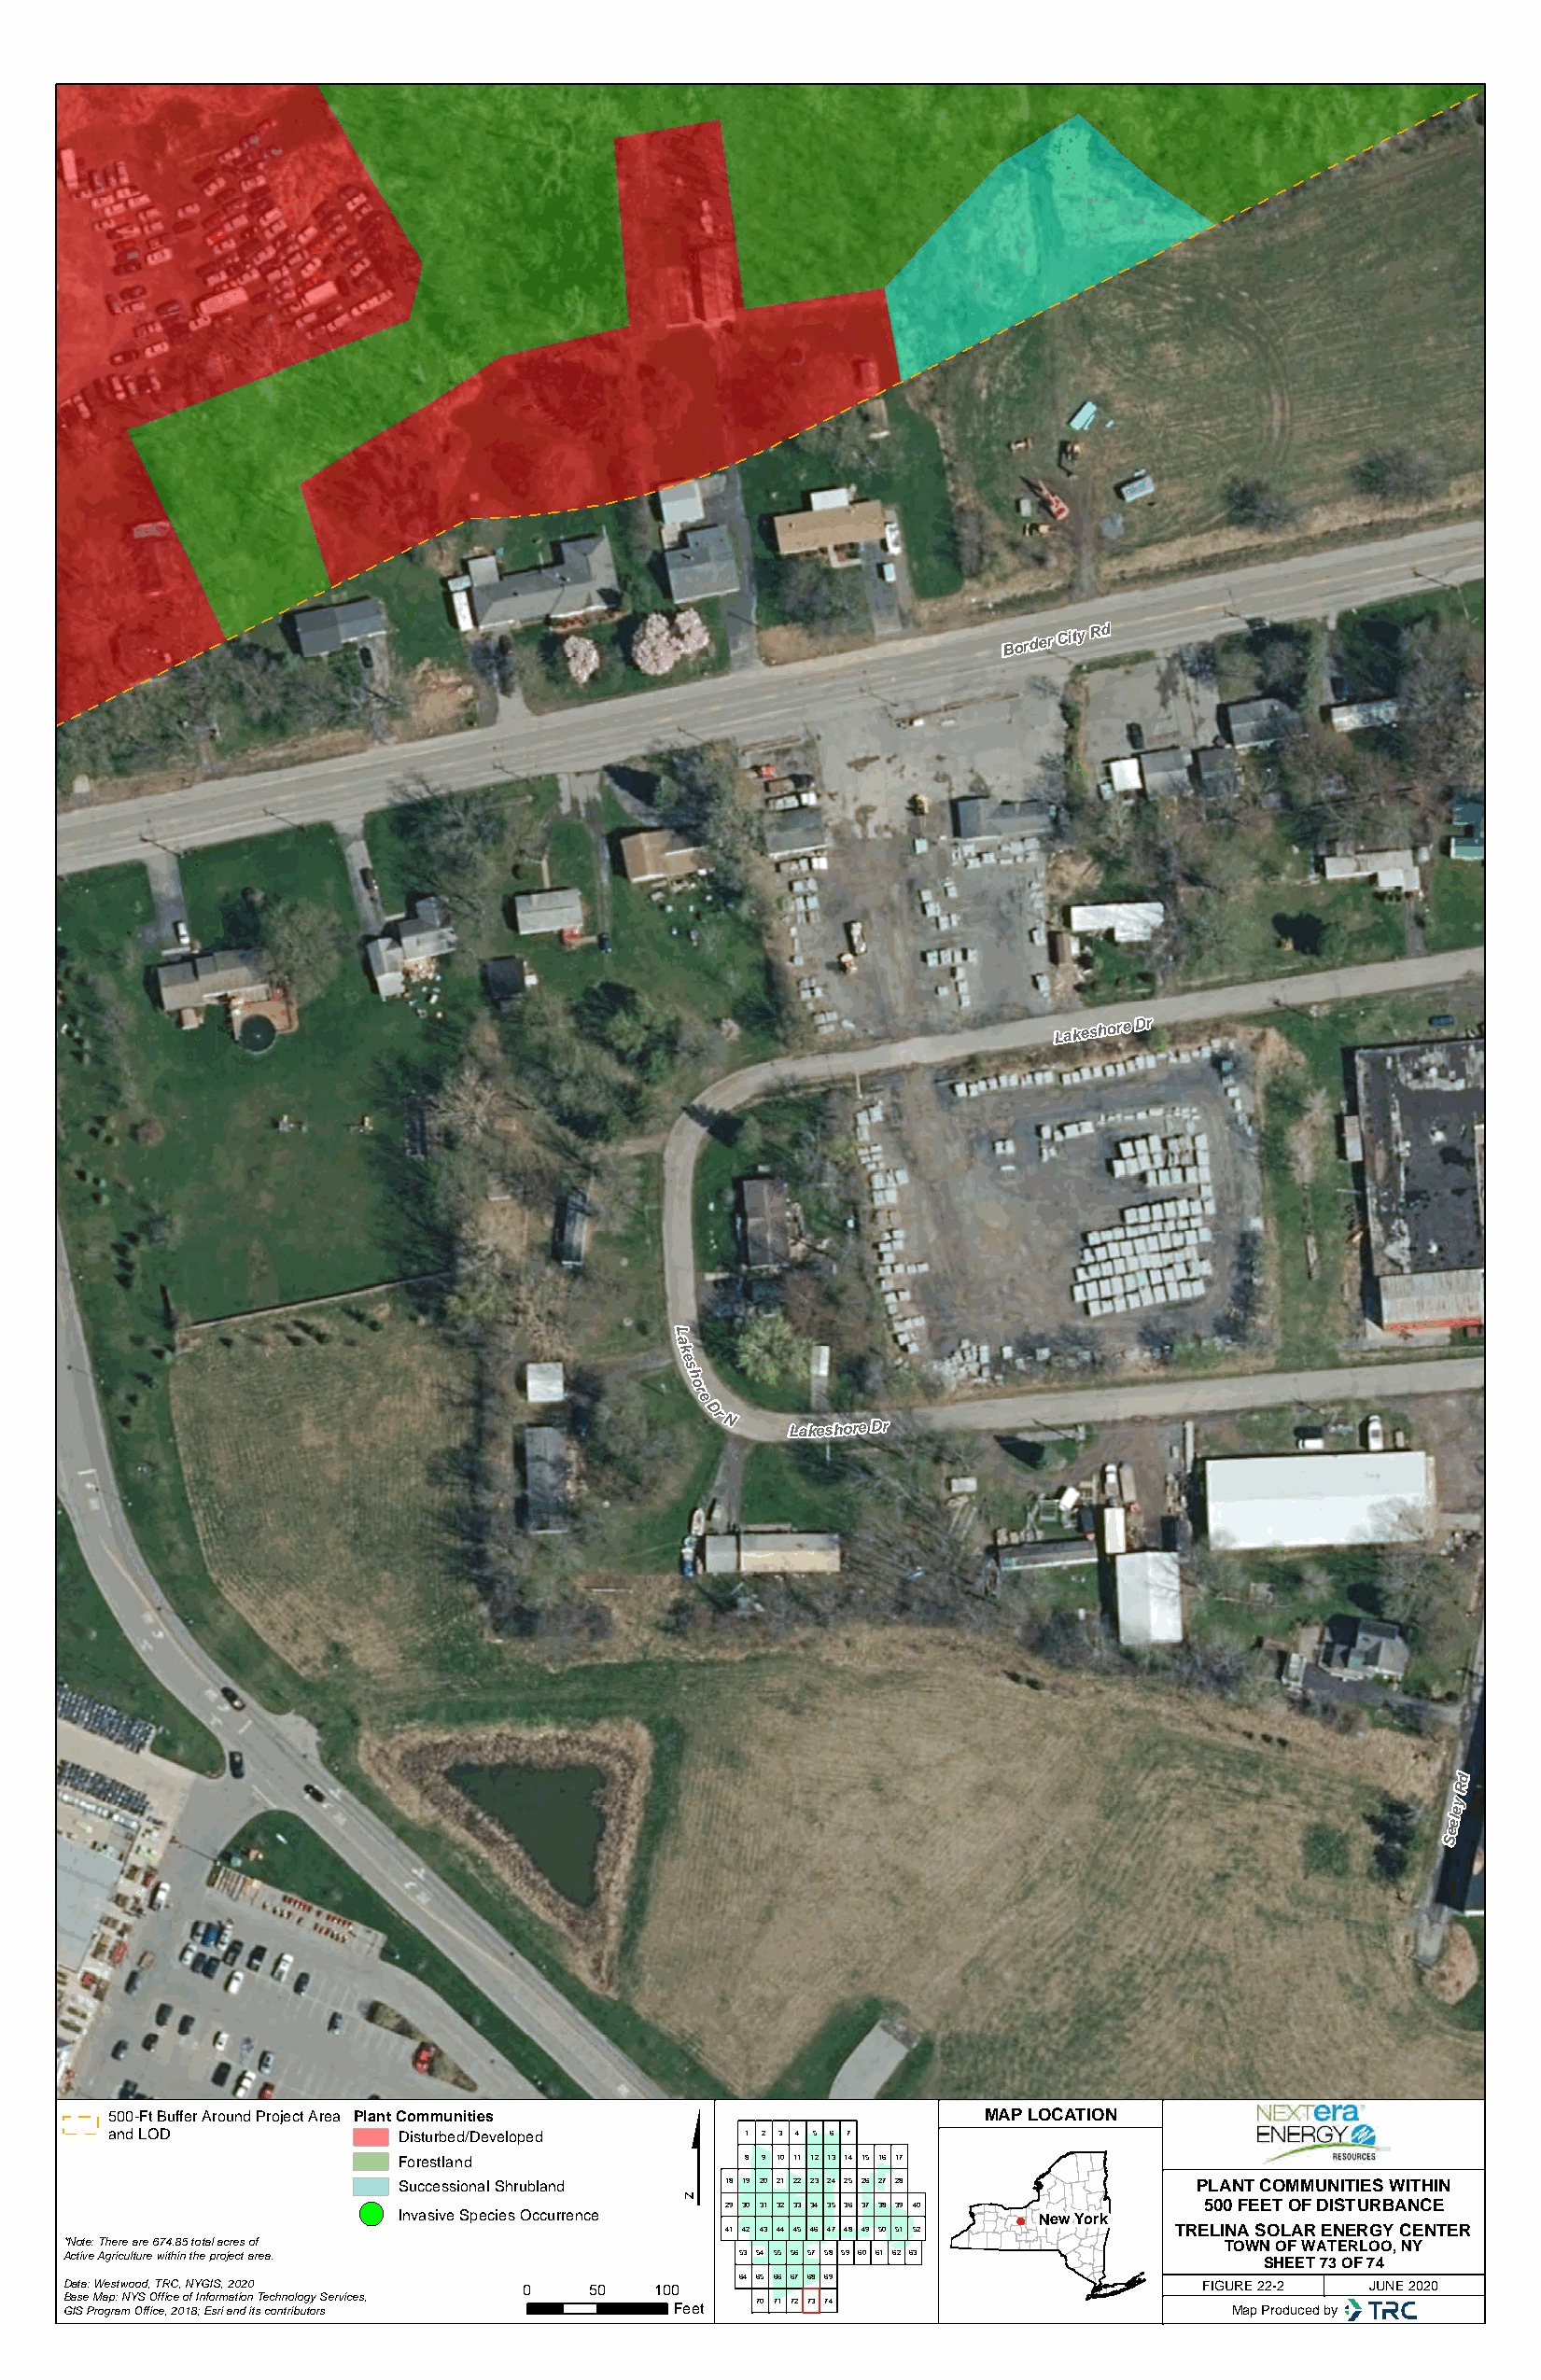
Border
 City Rd
 Lakeshore Dr
 L
 a
 k
 e
 s
 h
 o
 r
 e
 DrN
 LakeshoreDr
 d
 R
 y
 e
 el
 e
 S
 $
 500-Ft Buffer Around Project Area Plant Communities           MAP LOCATION
 and LOD             Disturbed/Developed      1 2 3 4 5 6 7
 Forestland               8 9 10 11 12 13 14 15 16 17
 Successional Shrubland 18 19 20 21 22 23 24 25 26 27 28  PLANT COMMUNITIES WITHIN
 !(                        29 30 31 32 33 34 35 36 37 38 39 40 500 FEET OF DISTURBANCE
 Invasive Species Occurrence                   New York
 41 42 43 44 45 46 47 48 49 50 51 52 TRELINA SOLAR ENERGY CENTER
 *Note: There are 674.85 total acres of                                             TOWN OF WATERLOO, NY
 Active Agriculture within the project area.     53 54 55 56 57 58 59 60 61 62 63
 SHEET 73 OF 74
 64 65 66 67 68 69
 Data: Westwood, TRC, NYGIS, 2020 0    50  100                                    FIGURE 22-2 JUNE 2020
 Base Map: NYS Office of Information Technology Services, 70 71 72 73 74
 GIS Program Office, 2018; Esri and its contributors Feet                           Map Produced by